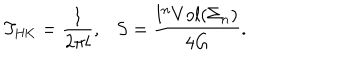
LaTeX: T _ { \mathrm { H K } } = \frac { 1 } { 2 \pi l } , \ \ \ S = \frac { l ^ { n } V o l ( \Sigma _ { n } ) } { 4 G } .